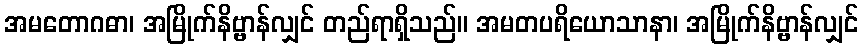
အမတောဂဓာ၊ အမြိုက်နိဗ္ဗာန်လျှင် တည်ရာရှိသည်။ အမတပရိယောသာနာ၊ အမြိုက်နိဗ္ဗာန်လျှင်